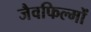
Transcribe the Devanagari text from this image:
जैवफिल्मों